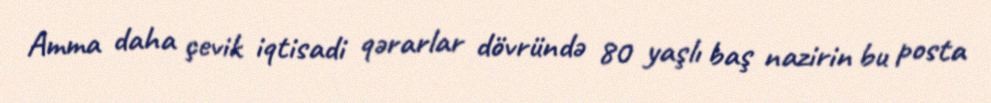
Amma daha çevik iqtisadi qərarlar dövründə 80 yaşlı baş nazirin bu posta